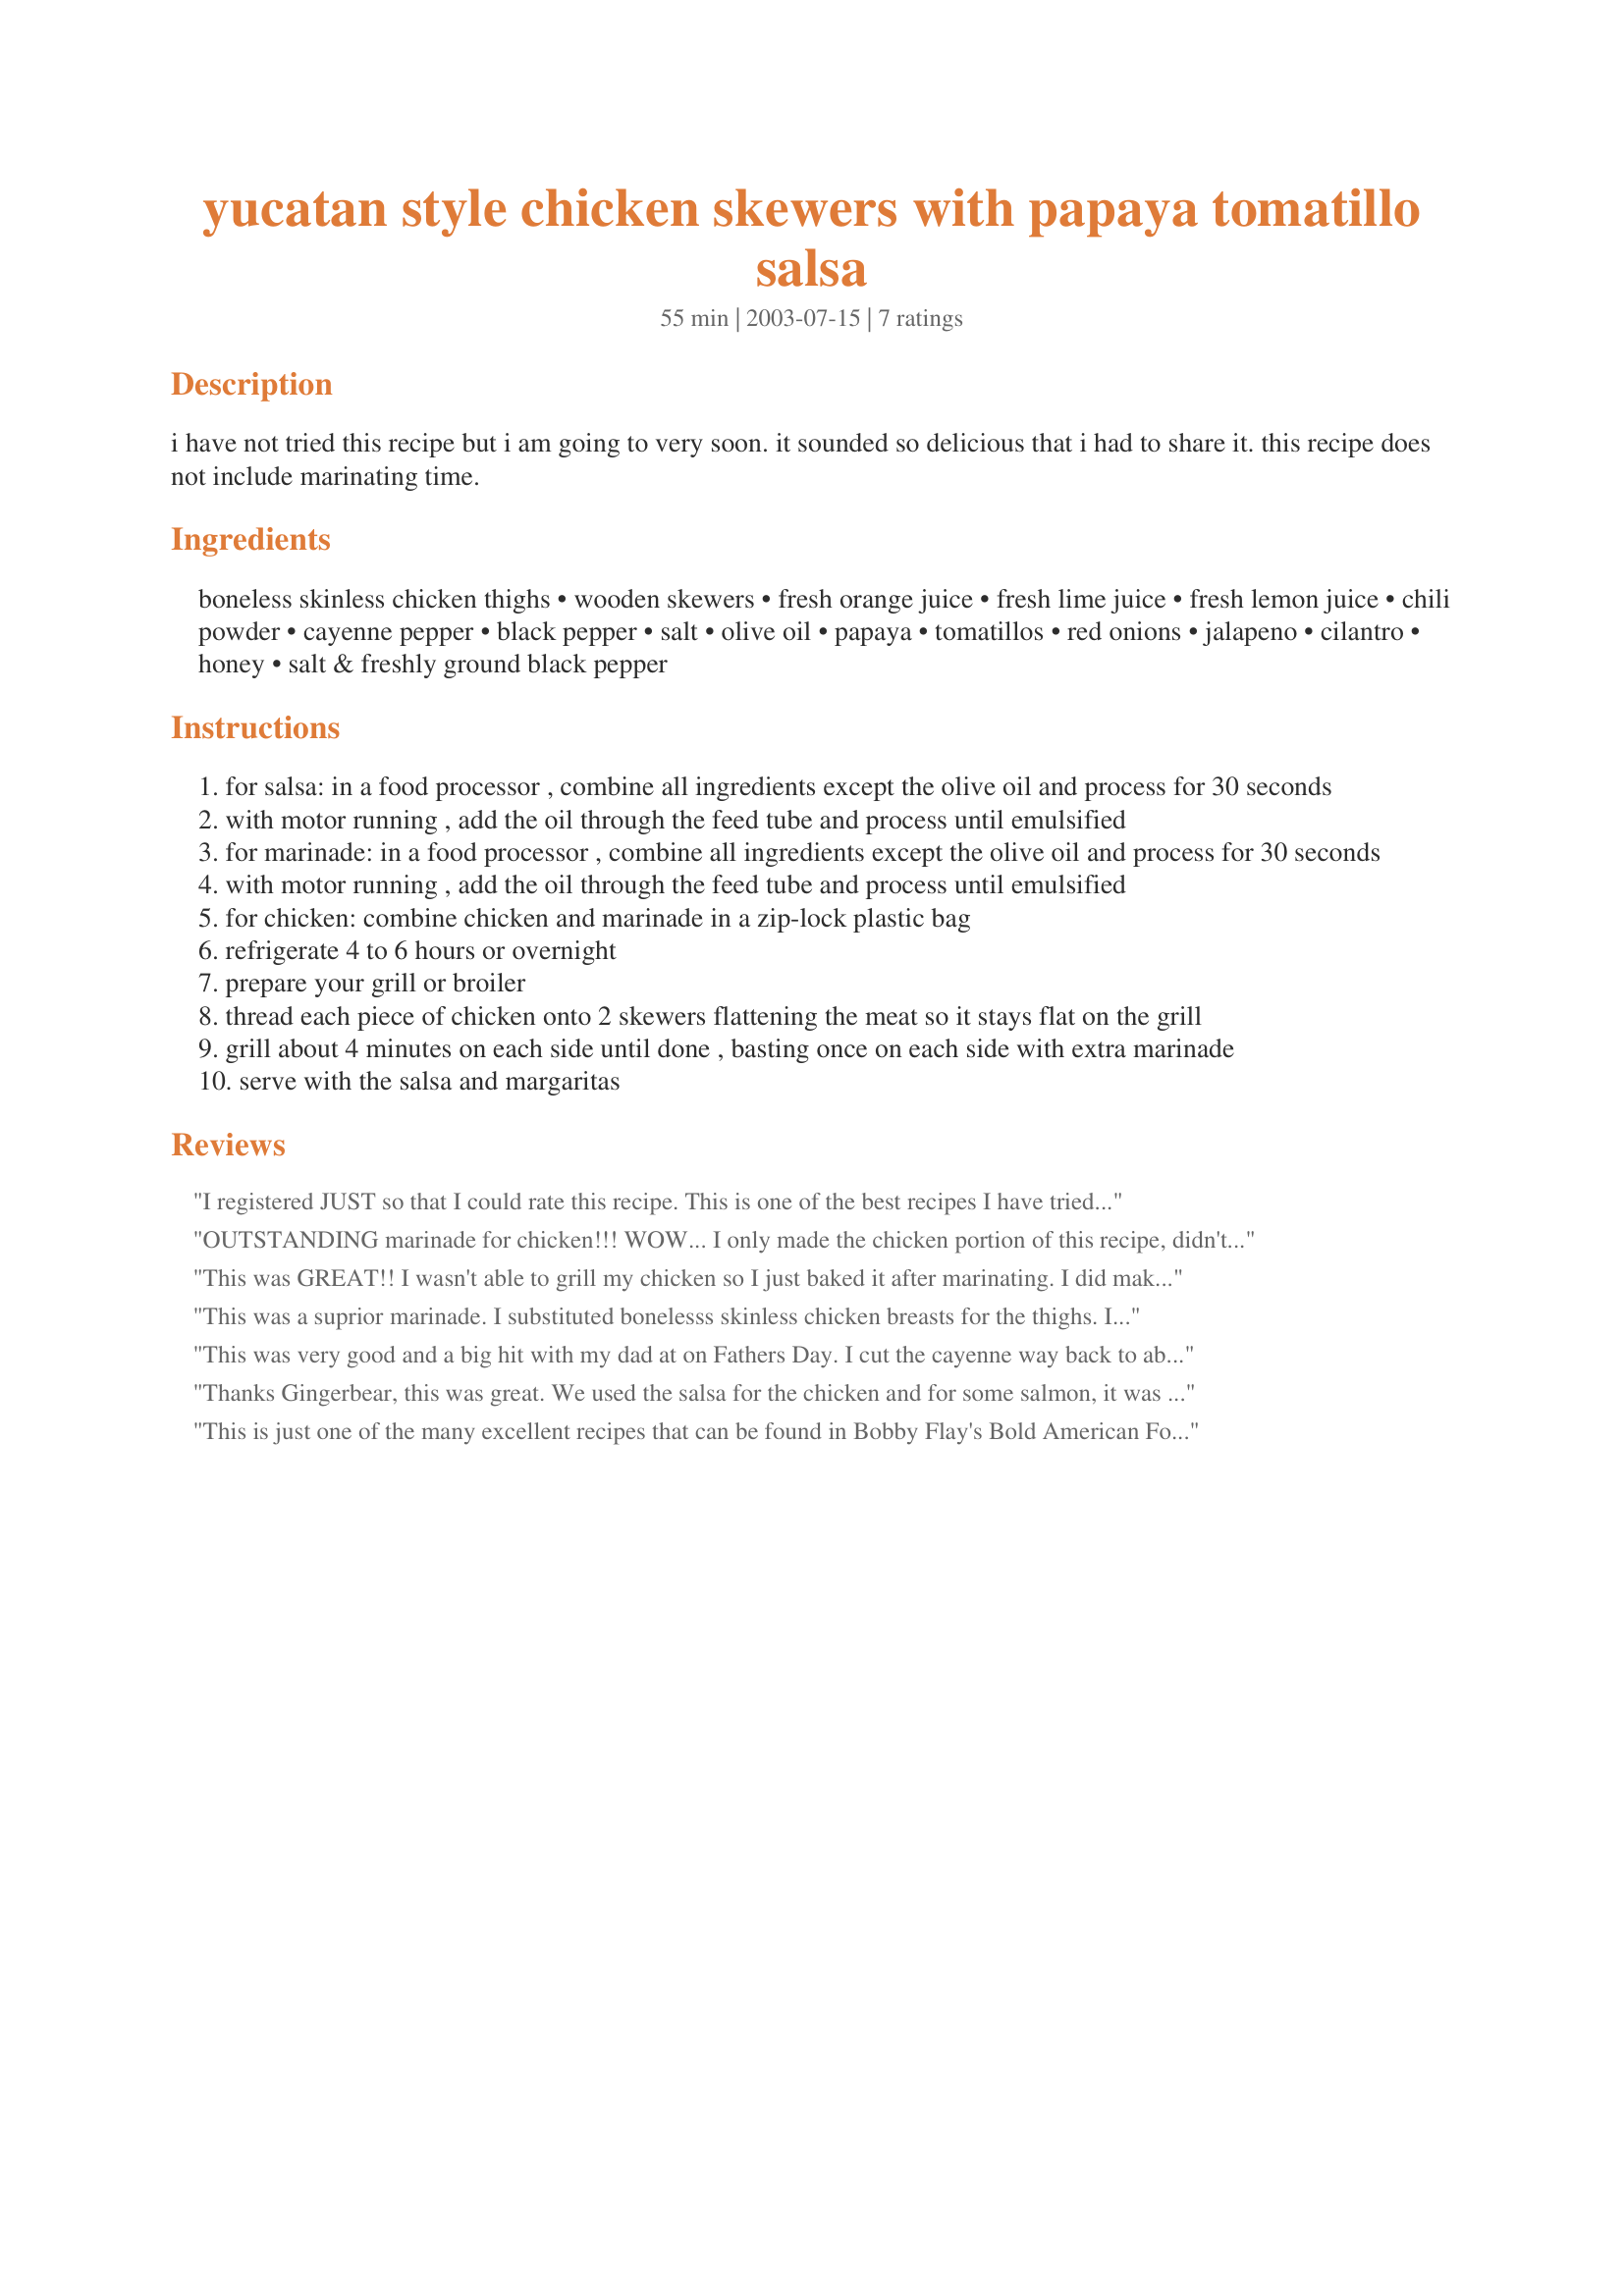
yucatan style chicken skewers with papaya tomatillo salsa
Preparation time: 55 minutes

i have not tried this recipe but i am going to very soon. it sounded so delicious that i had to share it. this recipe does not include marinating time.

Ingredients:
boneless skinless chicken thighs, wooden skewers, fresh orange juice, fresh lime juice, fresh lemon juice, chili powder, cayenne pepper, black pepper, salt, olive oil, papaya, tomatillos, red onions, jalapeno, cilantro, honey, salt & freshly ground black pepper

Steps:
for salsa: in a food processor , combine all ingredients except the olive oil and process for 30 seconds
with motor running , add the oil through the feed tube and process until emulsified
for marinade: in a food processor , combine all ingredients except the olive oil and process for 30 seconds
with motor running , add the oil through the feed tube and process until emulsified
for chicken: combine chicken and marinade in a zip-lock plastic bag
refrigerate 4 to 6 hours or overnight
prepare your grill or broiler
thread each piece of chicken onto 2 skewers flattening the meat so it stays flat on the grill
grill about 4 minutes on each side until done , basting once on each side with extra marinade
serve with the salsa and margaritas

Reviews:
I registered JUST so that I could rate this recipe. This is one of the best recipes I have tried on this site. It is obviously a misprint to process the salsa, you must keep the fresh ingredients coarsely chopped then coat with the lime juice and honey. 

I served this atop a warmed arugula salad with crimini mushrooms. It added a nice woody tone to the sweet chicken and salsa. Next time I might try couscous with pine nuts.

Bravo! Thanks for sharing
OUTSTANDING marinade for chicken!!! WOW... I only made the chicken portion of this recipe, didn't skewer it, and cooked it on my grill pan. I shredded the chicken and used it on a mexican style salad, and used a store bought pineapple salsa as the dressing. I will be making this often. Next time, I'll use the chicken for mexican torta sandwiches!
This was GREAT!! I wasn't able to grill my chicken so I just baked it after marinating. I did make a few changes, I did not use a food processor at all. The marinade I made up in a cup mixing well with a fork and the salsa I cut everything into coarse chunks. My papaya wasn't ripe enough so I used a mango. It was all awesome!
This was a suprior marinade. I substituted bonelesss skinless chicken breasts for the thighs. I would recommend that the salsa not be processed in a food processor, but rather have the ingredients finely chopped by hand and served surrounding the chicken which I mounded in the center of the plate. I served it with a nice beaujolais-villages.
This was very good and a big hit with my dad at on Fathers Day. I cut the cayenne way back to about 1/4 teaspoon since I was fixing it for some non-heat-lovers and I left out the salt completely since my chili powder had salt in it. I'll definitely make this again. I'd like to try it on shrimp!
Thanks Gingerbear, this was great. We used the salsa for the chicken and for some salmon, it was very popular!! Left out the jalapeno and cayenne/chili from both recipes just because our diners can't have hot spice. But I can see those ingredients would really make it. I didn't use the food processor, and it worked out well. It's great to have a recipe that uses chicken thighs on the bbq - and from the comments around the table, it was very tasty.
This is just one of the many excellent recipes that can be found in Bobby Flay's Bold American Food. My faforite cookbook of all time. Check it out.
